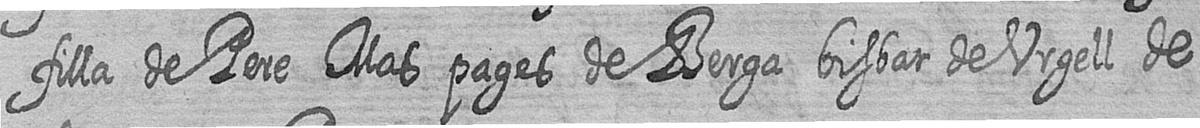
filla de Pere Mas pages de Berga bisbat de Urgell de=